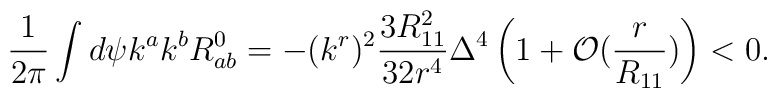
\frac{1}{2\pi} \int d \psi k^a k^b R^0_{ab} =- (k^r)^2\frac{3 R_{11}^2}{32r^4} \Delta^4 \left(1  + {\cal O}(\frac{r}{R_{11}}) \right) < 0.